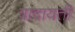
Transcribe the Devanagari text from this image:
वादायती